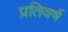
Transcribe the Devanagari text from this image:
प्रतिवर्ष